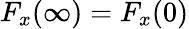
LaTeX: F_{x}(\infty)=F_{x}(0)